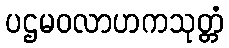
ပဌမဝလာဟကသုတ္တံ